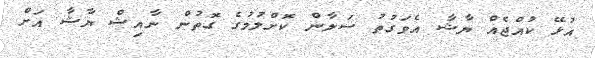
އުޅޭ ކުއްޖެއް ޔާޝާ އެވަގުތު ސަލާން ކޮށްލުމުގެ ގޮތުން ނާއިޝް ޔާޝާ އަށް